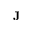
\textbf { J }